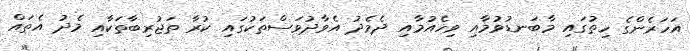
އަހަރެންގެ ހިތުގައި މާބަނޑުވުމާއި ވިހެއުމާއި ދެމެދު އެވާދުވަސްތަކުގައި ކުރާ ތަޖުރިބާތަކާއި މެދު އެތައް